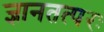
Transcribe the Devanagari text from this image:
ज्ञानतत्परः